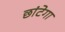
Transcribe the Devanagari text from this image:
छांटेगा